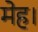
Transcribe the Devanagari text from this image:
मेह।